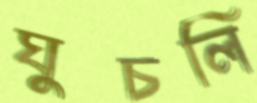
ঘুচলি